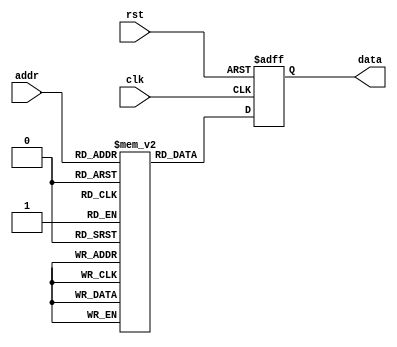
module OTP_ROM (
    input wire clk,
    input wire rst,
    input wire [address_width-1:0] addr,
    output reg [data_width-1:0] data
);

parameter address_width = 10; // specify the number of address lines
parameter data_width = 8; // specify the number of data lines

parameter memory_size = 1024; // specify the size of the memory

reg [data_width-1:0] memory[memory_size-1:0];

// Programming circuitry - enables writing data to memory during initialization
initial begin
    // initialize memory locations with data
    memory[0] <= 8'b00000000;
    memory[1] <= 8'b00000001;
    // add more initializations as needed
    
    // additional initializations to ensure all memory locations are programmed during initialization
end

// Read data from memory
always @(posedge clk or negedge rst) begin
    if (!rst) begin
        data <= 8'b0; // output default value on reset
    end else begin
        data <= memory[addr]; // read data from specific memory location based on address
    end
end

endmodule